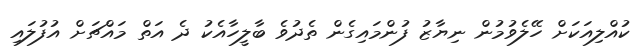
ކުއްލިއަކަށް ހޭލެވުމުން ނިޔާޒު ފުންމައިގެން ތެދުވެ ބާލީހާއެކު ދެ އަތް މައްޗަށް އުފުލައި